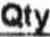
QTY